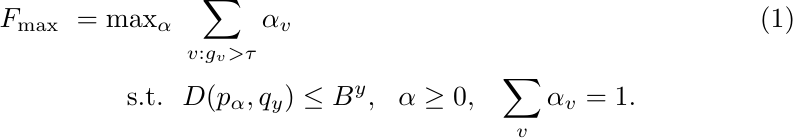
\begin{align}\label{max-failure-objective-alpha}
F_\text{max}~ = \text{max}_\alpha~&\sum_{v:g_v>\tau}\alpha_v\\
\text{s.t.}~~&D(p_\alpha,q_y)\leq B^y,~~\alpha\geq0,~~\sum_v\alpha_v=1. \nonumber
\end{align}